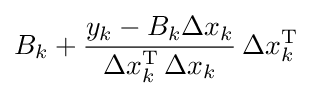
B_{k}+{\frac {y_{k}-B_{k}\Delta x_{k}}{\Delta x_{k}^{\mathrm {T} }\,\Delta x_{k}}}\,\Delta x_{k}^{\mathrm {T} }